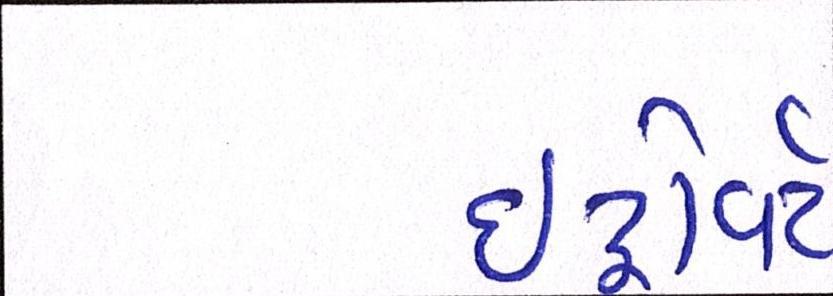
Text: ઇંટ્રોવર્ટ